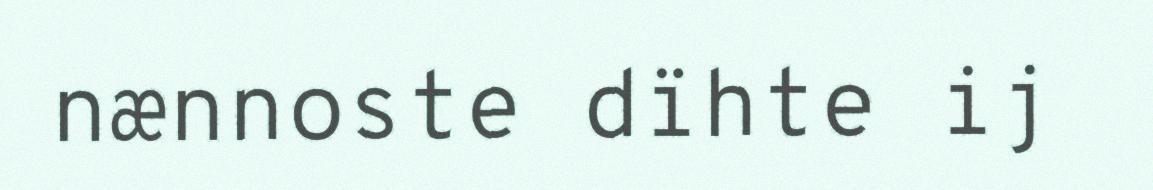
nænnoste dïhte ij